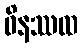
ဝိနဿထ